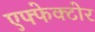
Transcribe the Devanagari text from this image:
एफ्फेक्टोर